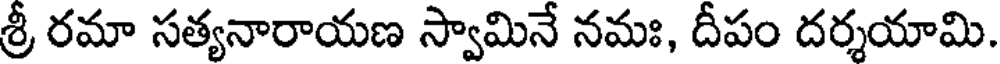
శ్రీ రమా సత్యనారాయణ స్వామినే నమః, దీపం దర్శయామి.